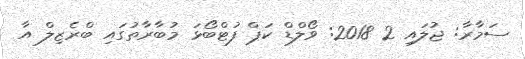
ސަމާރާ: ޖުލައި 2 2018: ވޯލްޑް ކަޕް ފުޓްބޯޅަ މުބާރާތުގައި ބްރެޒިލް އާ